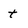
Character: t